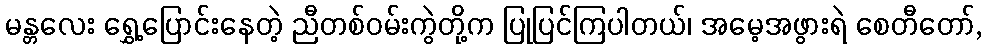
မန္တလေး ရွှေ့ပြောင်းနေတဲ့ ညီတစ်ဝမ်းကွဲတို့က ပြုပြင်ကြပါတယ်၊ အမေ့အဖွားရဲ စေတီတော်,